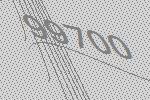
99700